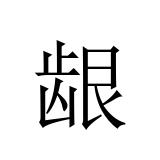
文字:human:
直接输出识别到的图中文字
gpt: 龈